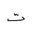
Letter: _ta